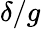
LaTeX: \delta/g